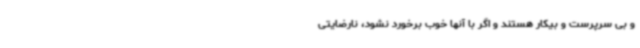
و بی سرپرست و بیکار هستند و اگر با آنها خوب برخورد نشود، نارضایتی